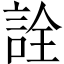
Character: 詮